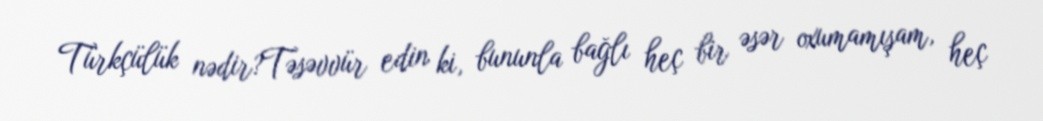
Türkçülük nədir?Təsəvvür edin ki, bununla bağlı heç bir əsər oxumamışam, heç